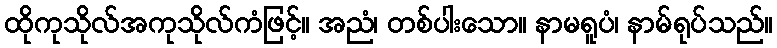
ထိုကုသိုလ်အကုသိုလ်ကံဖြင့်။ အညံ၊ တစ်ပါးသော။ နာမရူပံ၊ နာမ်ရုပ်သည်။